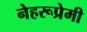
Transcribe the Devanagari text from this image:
नेहरूप्रेमी